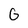
Character: G